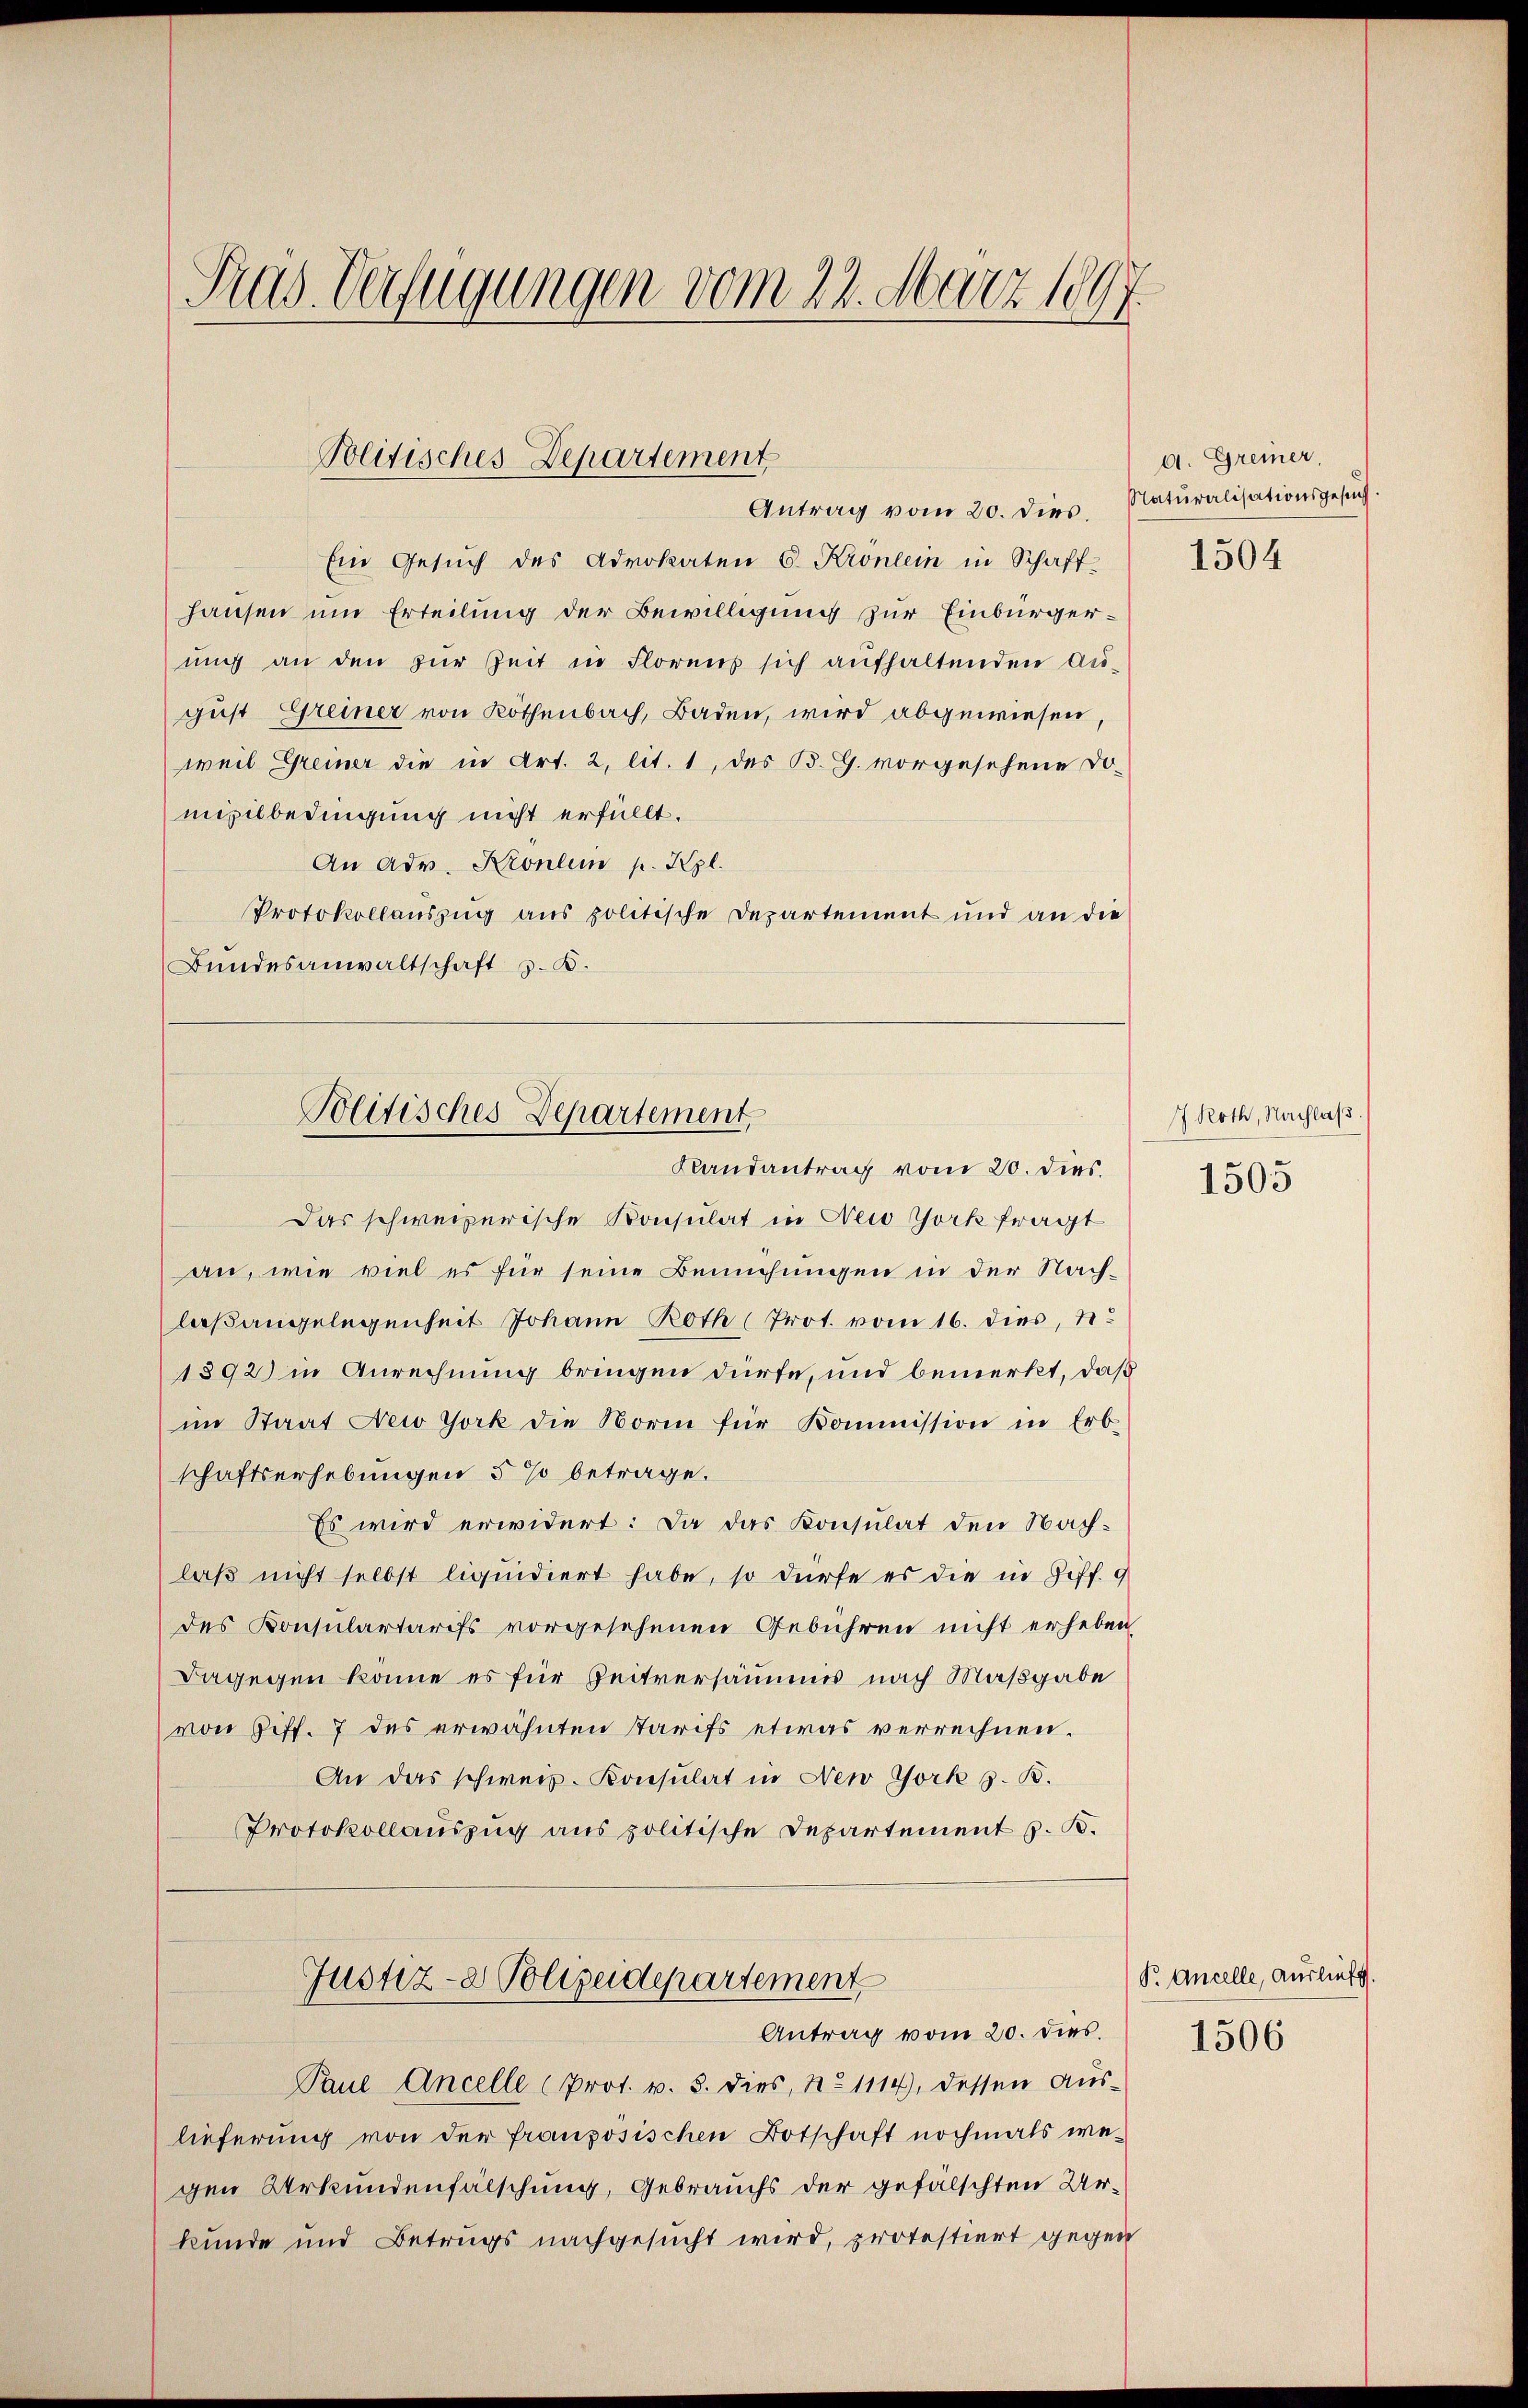
Pras Verfügungen vom 22. März 1897.

Politisches Departement
Antrag vom 20. dies. Natŭralisationsgesŭch.

Ein Gesŭch des Advokaten 6 Krönlein in Schaff-
Hausen um Erteilung der Bewilligung zur Einbürgerung an den zur Zeit in Florens sich aufhaltenden August Greiner von Röthenbach, Baden, wird abgewiesen,
weil Greiner die in Art. 2, lit. 1, des B. G. vorgesehene Do
mizilbedingung nicht erfüllt.
An Adv. Kronlein p. Kzl.
Protokollauszug aus politische Departement und an die
Bŭndesanwaltschaft z. B.
Das schweizerische Konsulat in New York fragt
an, wie viel es für seine Bemühungen in der Nachlaßangelegenheit Johann Roth (Prot. vom 16. dies,
1892 in Anrechnung bringen dürfe, und bemerkt, daß
im Staat New York die Norm für Kommission in Erb-
schaftserhebungen 5 % betrage.
Es wird erwidert: Da das Konsulat den Nachlaß nicht selbst liquidiert habe, so dürfe es die in Ziff. 9
des Konsulartarifs vorgesehenen Gebühren nicht erheben
Dagegen könne es für Zeitversäumis nach Maßgabe
von Ziff. 7 des erwähnten Tarifs etwas verrechnen.
An das schweiz. Konsulat in New York s. B.
Protokollauszug aus politische Departement s. B.
Justiz- & Polizeidepartement
Antrag vom 20. dies
Paul Ancelle (Prot. v. 3. dies, No 1114), dessen aŭs-
lieferung von der französischen Botschaft nochmals we-
gen Urkundenfälschung, Gebrauchs der gefalschten Urkunde und Betrags nachgesucht wird, protestiert gegen

Politisches Departement,
Randantrag vom 20. dies

d. Greiner,

1504

1 Roth, Nachlaβ.

1505

P. Ancelle, Auslief.
1506